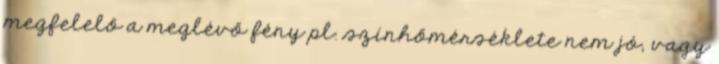
megfelelő a meglévő fény pl. színhőmérséklete nem jó, vagy